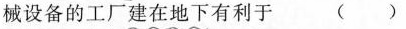
械设备的工厂建在地下有利于( )